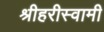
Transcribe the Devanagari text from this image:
श्रीहरीस्वामी